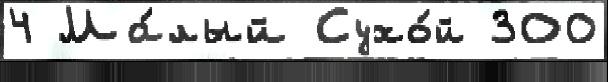
4 Ма́лый Сухо́й 300